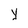
Character: Y